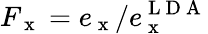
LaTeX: F_{\mathrm{~x~}}=e_{\mathrm{~x~}}/e_{\mathrm{~x~}}^{\mathrm{~L~D~A~}}